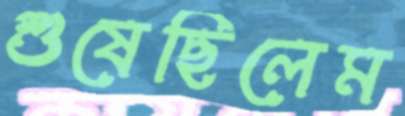
শুষেছিলেম